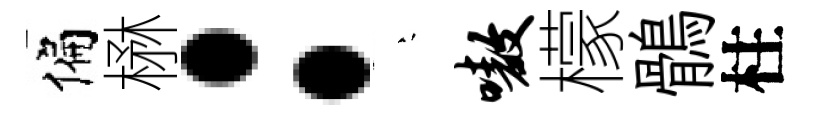
偏楙：堂嗷檬鶻柱